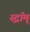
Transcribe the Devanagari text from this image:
स्ट्रॉम्‌